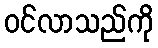
ဝင်လာသည်ကို